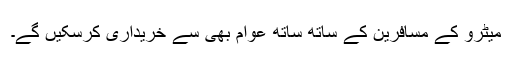
میٹرو کے مسافرین کے ساتھ ساتھ عوام بھی سے خریداری کرسکیں گے۔